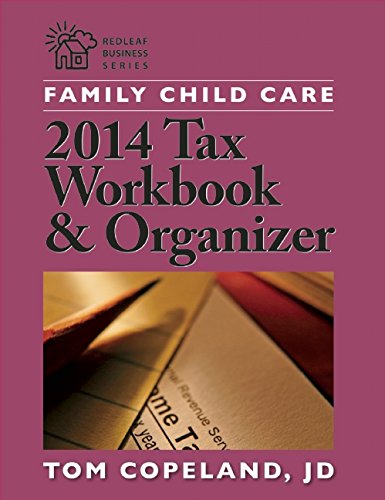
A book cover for Family Child Care 2014 Tax Workbook and Organizer (Redleaf Business Series); Tom Copeland  JD; Business & Money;